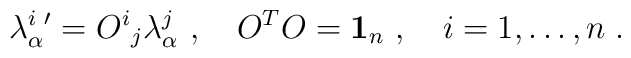
\lambda_\alpha^i{'}={O^i}_j\lambda_\alpha^j\ , \quad                                     O^TO={\bf 1}_n\ ,                            \quad i=1,\dots ,n\; .